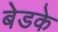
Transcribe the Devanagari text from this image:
बेडके